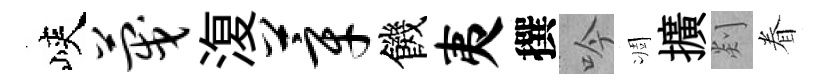
峽蔑𣸪莘饑夷撰吟凋擴剡眷